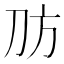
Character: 𪟀